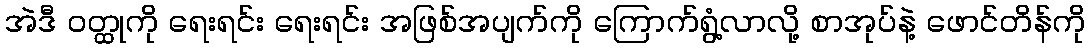
အဲဒီ ဝတ္ထုကို ရေးရင်း ရေးရင်း အဖြစ်အပျက်ကို ကြောက်ရွံ့လာလို့ စာအုပ်နဲ့ ဖောင်တိန်ကို